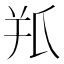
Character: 𦍖